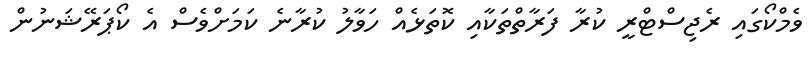
ވެމްކޯގައި ރެޖިސްޓްރީ ކުރާ ފަރާތްތަކާއި ކޮތަޅެއް ހަވާލު ކުރާނެ ކަމަށްވެސް އެ ކޯޕަރޭޝަނުން